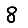
Digit: 8